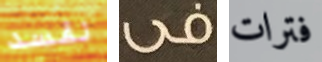
نفسد فى فترات